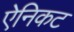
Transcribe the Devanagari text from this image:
ऐनिकट